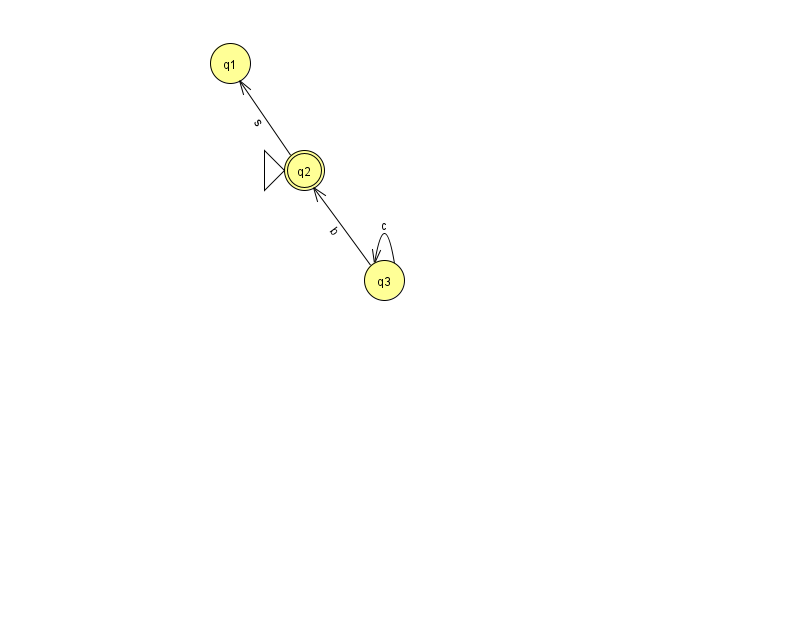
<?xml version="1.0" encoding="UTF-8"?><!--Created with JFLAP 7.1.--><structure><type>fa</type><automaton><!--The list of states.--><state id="1" name="q1"><x>230.0</x><y>50.0</y></state><state id="2" name="q2"><x>304.0</x><y>157.0</y><initial/><final/></state><state id="3" name="q3"><x>384.0</x><y>267.0</y></state><!--The list of transitions.--><transition><from>3</from><to>3</to><read>c</read></transition><transition><from>2</from><to>1</to><read>s</read></transition><transition><from>3</from><to>2</to><read>b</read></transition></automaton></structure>